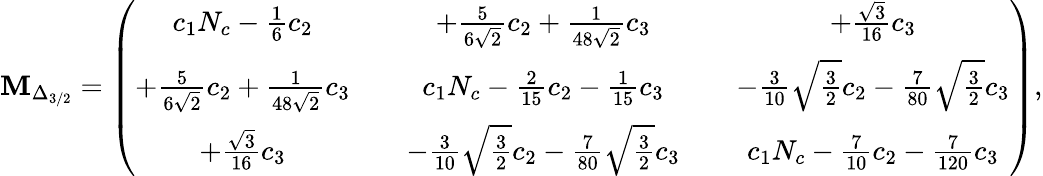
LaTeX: {\mathbf M}_{\Delta_{3/2}}=\left(\begin{array}{ccccc}{{c_{1}N_{c}-\frac 16c_{2}}}&{{}}&{{+\frac{5}{6\sqrt{2}}c_{2}+\frac{1}{48\sqrt{2}}c_{3}}}&{{}}&{{+\frac{\sqrt{3}}{16}c_{3}}}\\ {{+\frac{5}{6\sqrt{2}}c_{2}+\frac{1}{48\sqrt{2}}c_{3}}}&{{}}&{{c_{1}N_{c}-\frac{2}{15}c_{2}-\frac{1}{15}c_{3}}}&{{}}&{{-\frac{3}{10}\sqrt{\frac{3}{2}}c_{2}-\frac{7}{80}\sqrt{\frac{3}{2}}c_{3}}}\\ {{+\frac{\sqrt{3}}{16}c_{3}}}&{{}}&{{-\frac{3}{10}\sqrt{\frac{3}{2}}c_{2}-\frac{7}{80}\sqrt{\frac{3}{2}}c_{3}}}&{{}}&{{c_{1}N_{c}-\frac{7}{10}c_{2}-\frac{7}{120}c_{3}}}\end{array}\right),